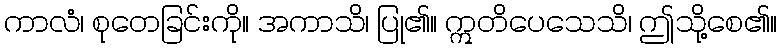
ကာလံ၊ စုတေခြင်းကို။ အကာသိ၊ ပြု၏။ ဣတိပေသေသိ၊ ဤသို့စေ၏။